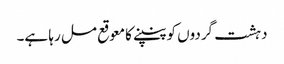
دہشت گردوں کو پنپنے کا معوقع مل رہا ہے۔